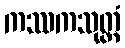
ကဿကသုတ္တံ